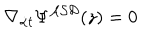
LaTeX: \nabla _ { { \dot { \alpha } } t } \Psi ^ { { \cal A S D } } ( z ) = 0